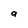
Character: q